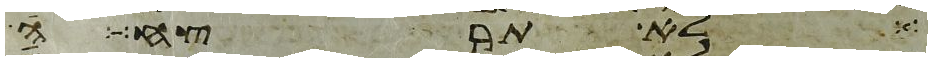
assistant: לא תרצח